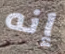
إنه